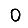
Digit: 0